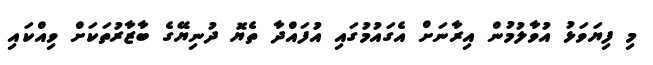
މި ފިޔަވަޅު އުވާލުމުން އިރާނަށް އެގައުމުގައި އުފައްދާ ތެޔޮ ދުނިޔޭގެ ބާޒާރުތަކަށް ވިއްކައި